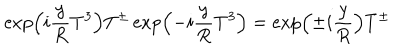
LaTeX: \exp \left( i \frac { y } { R } T ^ { 3 } \right) T ^ { \pm } \exp \left( - i \frac { y } { R } T ^ { 3 } \right) = \exp \left( \pm i \frac { y } { R } \right) T ^ { \pm }